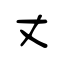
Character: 丈